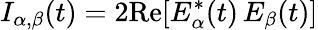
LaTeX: I_{\alpha,\beta}(t)=2\mathrm{Re}[E_{\alpha}^{*}(t)\, E_{\beta}(t)]